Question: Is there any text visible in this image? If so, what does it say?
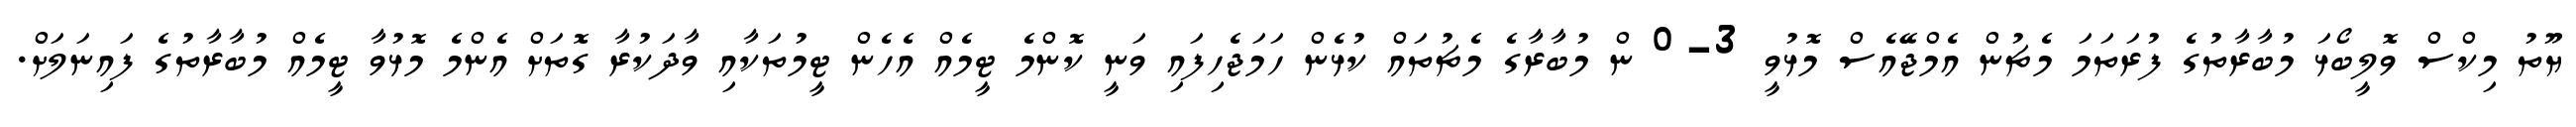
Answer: ޔޫތު މިކްސް ވޮލީބޯޅަ މުބާރާތުގެ ފުރަތަމަ މެޗުން އެމްޖޭއެސް މޮޅުވީ 3-0 ން މުބާރާގެ މެޗުތައް ކުޅެން ހަމަޖެހިފައި ވަނީ ކޮންމެ ޓީމެއް އެހެން ޓީމުތަކާއި ވާދަކުރާ ގޮތަށް އެންމެ މޮޅުވާ ޓީމެއް މުބާރާތުގެ ފައިނަލަށް.